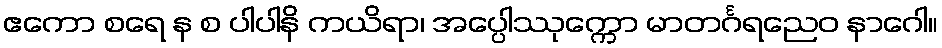
ဧကော စရေ န စ ပါပါနိ ကယိရာ၊ အပ္ပေါဿုက္ကော မာတင်္ဂရညေဝ နာဂေါ။